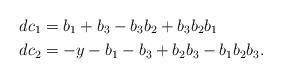
LaTeX: \begin{align*}dc_1 &= b_{1} + b_{3} - b_{3}b_{2}+b_{3}b_{2}b_{1} \\dc_2 &=-y - b_{1} - b_{3} +b_{2}b_{3} - b_{1}b_{2}b_{3}. \end{align*}